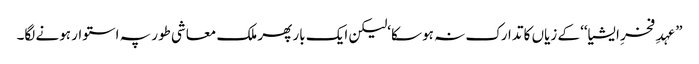
”عہدِ فخرِ ایشیا‘‘ کے زیاں کا تدارک نہ ہو سکا‘لیکن ایک بار پھر ملک معاشی طور پہ استوار ہونے لگا۔